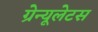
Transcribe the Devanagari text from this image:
ग्रेन्यूलेटस